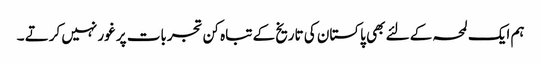
ہم ایک لمحہ کے لئے بھی پاکستان کی تاریخ کے تباہ کن تجربات پر غور نہیں کرتے ۔